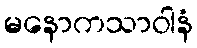
မနောကသာဝါနံ